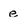
Character: e